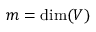
m = \dim ( V )